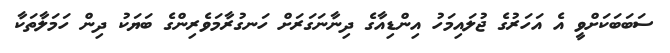
ސަބަބަކަށްވީ އެ އަހަރުގެ ޖުލައިމަހު އިންޑިއާގެ ދިނާނަގަރަށް ހަނގުރާމަވެރިންގެ ބަޔަކު ދިން ހަމަލާތަކާ